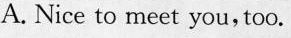
A.Nice to meet you,too.